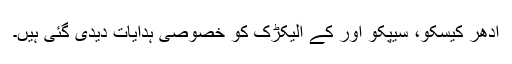
ادھر کیسکو، سیپکو اور کے الیکڑک کو خصوصی ہدایات دیدی گئی ہیں۔